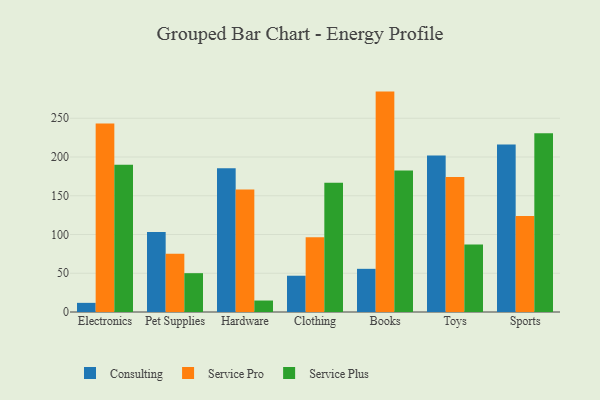
{"axis": {"x": "Category", "y": "Waste Production (Tons)"}, "legend": ["Consulting", "Service Plus", "Service Pro"], "data": [{"x": "Electronics", "y": 11.8, "type": "Consulting"}, {"x": "Electronics", "y": 243.2, "type": "Service Pro"}, {"x": "Electronics", "y": 190.0, "type": "Service Plus"}, {"x": "Pet Supplies", "y": 103.1, "type": "Consulting"}, {"x": "Pet Supplies", "y": 75.2, "type": "Service Pro"}, {"x": "Pet Supplies", "y": 50.1, "type": "Service Plus"}, {"x": "Hardware", "y": 185.6, "type": "Consulting"}, {"x": "Hardware", "y": 158.1, "type": "Service Pro"}, {"x": "Hardware", "y": 14.8, "type": "Service Plus"}, {"x": "Clothing", "y": 46.8, "type": "Consulting"}, {"x": "Clothing", "y": 96.6, "type": "Service Pro"}, {"x": "Clothing", "y": 166.7, "type": "Service Plus"}, {"x": "Books", "y": 55.7, "type": "Consulting"}, {"x": "Books", "y": 284.4, "type": "Service Pro"}, {"x": "Books", "y": 182.5, "type": "Service Plus"}, {"x": "Toys", "y": 201.9, "type": "Consulting"}, {"x": "Toys", "y": 174.1, "type": "Service Pro"}, {"x": "Toys", "y": 87.2, "type": "Service Plus"}, {"x": "Sports", "y": 216.2, "type": "Consulting"}, {"x": "Sports", "y": 123.8, "type": "Service Pro"}, {"x": "Sports", "y": 230.7, "type": "Service Plus"}]}